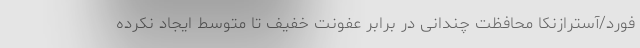
فورد/آسترازنکا محافظت چندانی در برابر عفونت خفیف تا متوسط ایجاد نکرده